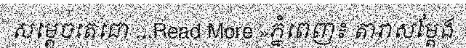
សម្តេចតេជោ ...Read More »ភ្នំពេញ៖ តារាសម្តែង